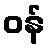
ဝန်